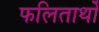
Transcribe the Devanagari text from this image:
फलितार्थों